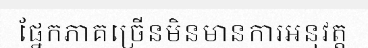
ផ្នែកភាគច្រើនមិនមានការអនុវត្ត